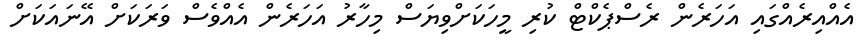
އެއްއިރެއްގައި އަހަރެން ރެސްޕެކްޓް ކުރި މީހަކަށްވިޔަސް މިހާރު އަހަރެން އެއްވެސް ވަރަކަށް އޭނައަކަށް